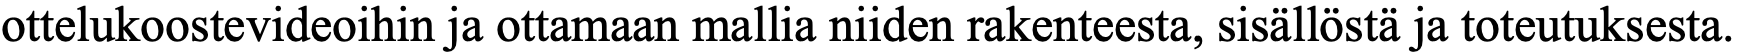
ottelukoostevideoihin ja ottamaan mallia niiden rakenteesta, sisällöstä ja toteutuksesta.